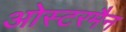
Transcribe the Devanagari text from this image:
ओस्टरमैन